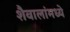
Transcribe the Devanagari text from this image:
शैवालांमध्ये